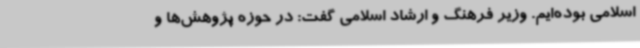
اسلامی بوده‌ایم. وزیر فرهنگ و ارشاد اسلامی گفت: در حوزه پژوهش‌ها و